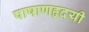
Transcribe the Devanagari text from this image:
पाषाणहृदयी